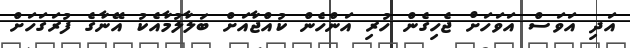
އަދި އަވަސް އަވަހަށް ޖެހިގެން ހުރި އަންހެން ކުއްޖާއަށް ބަލާލުމާއެކު އޭނާގެ ފުރަގަހަށް